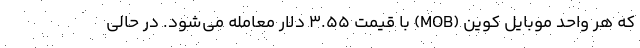
که هر واحد موبایل کوین (MOB) با قیمت ۳.۵۵ دلار معامله می‌شود. در حالی